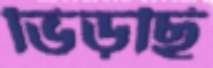
ভিড়ছি